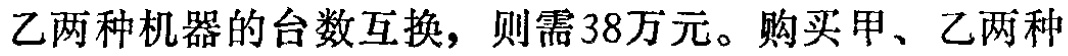
乙两种机器的台数互换，则需38万元。购买甲、乙两种